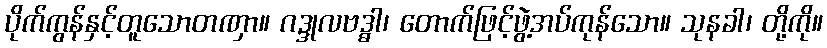
ပိုက်ကွန်နှင့်တူသောတဏှာ။ ဂဒ္ဒုလဗဒ္ဓါ၊ တောက်ဖြင့်ဖွဲ့အပ်ကုန်သော။ သုနခါ၊ တို့ကို။